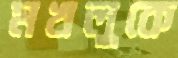
মখলুকে